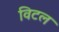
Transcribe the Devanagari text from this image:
विटल